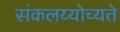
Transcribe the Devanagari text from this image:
संकलय्योच्यते